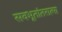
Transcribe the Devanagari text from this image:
सवभूतांतरात्मा